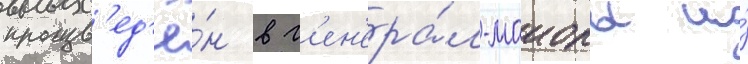
произв'ед'ё́н в г'ен'ера́л-маиоры и́